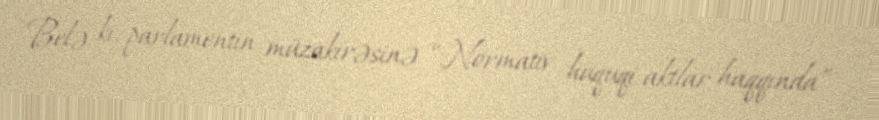
Belə ki, parlamentin müzakirəsinə “Normativ hüquqi aktlar haqqında”